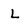
Character: L